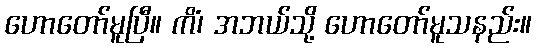
ဟောတော်မူပြီ။ ကိံ၊ အဘယ်သို့ ဟောတော်မူသနည်း။